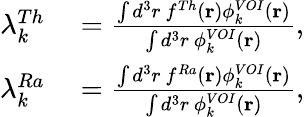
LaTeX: \begin{array}{rl}{\lambda_{k}^{Th}}&{{}=\frac{\int d^{3}r~f^{Th}(\mathbf{r})\phi_{k}^{VOI}(\mathbf{r})}{\int d^{3}r~\phi_{k}^{VOI}(\mathbf{r})},}\\ {\lambda_{k}^{Ra}}&{{}=\frac{\int d^{3}r~f^{Ra}(\mathbf{r})\phi_{k}^{VOI}(\mathbf{r})}{\int d^{3}r~\phi_{k}^{VOI}(\mathbf{r})},}\end{array}